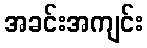
အခင်းအကျင်း